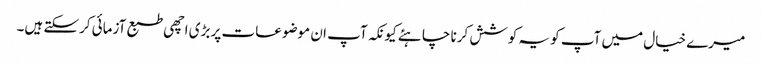
میرے خیال میں آپ کو یہ کوشش کرنا چاہئے کیونکہ آپ ان موضوعات پر بڑی اچھی طبع آزمائی کرسکتے ہیں۔